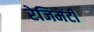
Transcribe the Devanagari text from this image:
रेजिमेंटी